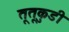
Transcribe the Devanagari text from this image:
तूतूकुडी